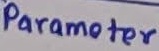
Text: Parameter